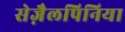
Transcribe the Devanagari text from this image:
सेज़ैलपिनिया